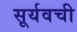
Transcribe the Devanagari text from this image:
सूर्यवची